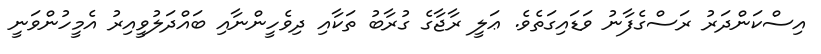
އިސްކަންދަރު ރަސްގެފާނު ވަޑައިގަތެވެ. ޢަލީ ރާޖާގެ ގުރާބު ތަކާއި ދިވެހީންނާއި ބައްދަލުވީއިރު އެމީހުންވަނީ